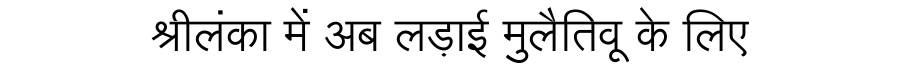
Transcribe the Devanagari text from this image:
श्रीलंका में अब लड़ाई मुलैतिवू के लिए